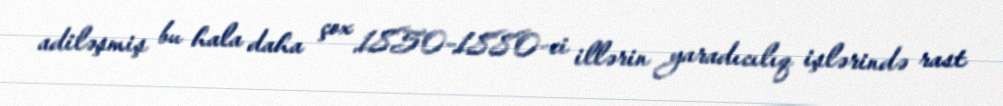
adiləşmiş bu hala daha çox 1850-1880-ci illərin yaradıcılıq işlərində rast